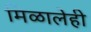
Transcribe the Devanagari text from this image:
मिळालेही